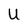
Character: U